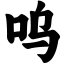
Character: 呜